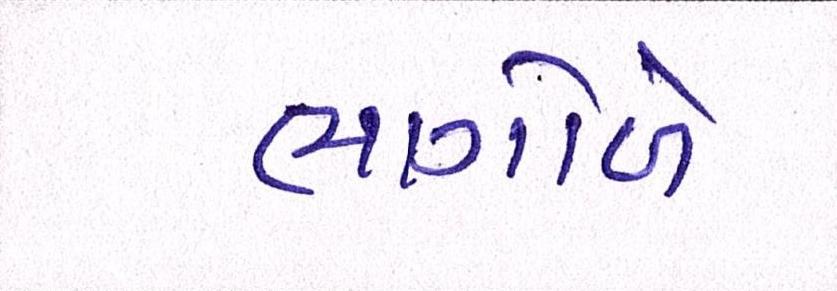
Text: ભાગોળે